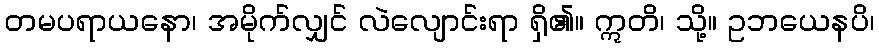
တမပရာယနော၊ အမိုက်လျှင် လဲလျောင်းရာ ရှိ၏။ ဣတိ၊ သို့။ ဥဘယေနပိ၊